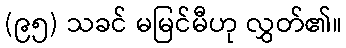
(၉၅) သခင် မမြင်မီဟု လွှတ်၏။